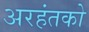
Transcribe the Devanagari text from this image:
अरहंतको